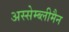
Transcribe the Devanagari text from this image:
अस्सेम्ब्लीमैन